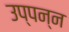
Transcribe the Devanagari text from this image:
उप्पन्न